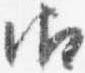
御